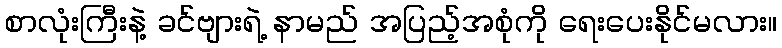
စာလုံးကြီးနဲ့ ခင်ဗျားရဲ့ နာမည် အပြည့်အစုံကို ရေးပေးနိုင်မလား။